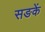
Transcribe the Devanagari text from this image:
सङकें